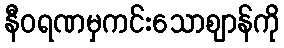
နီဝရဏမှကင်းသောဈာန်ကို